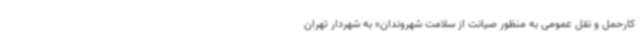
کارحمل و نقل عمومی به منظور صیانت از سلامت شهروندان» به شهردار تهران